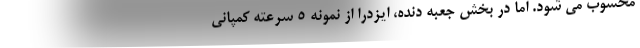
محسوب می شود. اما در بخش جعبه دنده، ایزدرا از نمونه 5 سرعته کمپانی